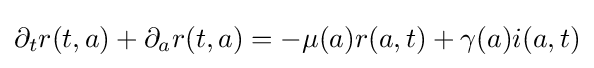
\partial _{t}r(t,a)+\partial _{a}r(t,a)=-\mu (a)r(a,t)+\gamma (a)i(a,t)